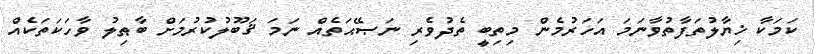
ކަމަކާ ޚިޔާލުތަފާތުވާނަމަ އަހަރުމެން މިތިބީ ތެދުވެރި ނަޞޭޙަތެއް ނަމަ ޤަބޫލުކުރުމަށް ބާޠިލު ވާހަކަތަކެއް